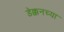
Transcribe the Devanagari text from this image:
डेक्कनच्या